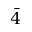
\bar { 4 }